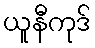
ယူနီကုဒ်